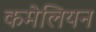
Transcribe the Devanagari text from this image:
कमेलियन